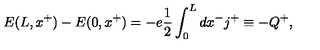
E ( L , x ^ { + } ) - E ( 0 , x ^ { + } ) = - e \frac { 1 } { 2 } \int _ { 0 } ^ { L } d x ^ { - } j ^ { + } \equiv - Q ^ { + } ,